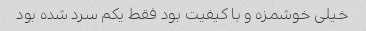
خیلی خوشمزه و با کیفیت بود فقط یکم سرد شده بود